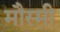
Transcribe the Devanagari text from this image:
मौस्मी